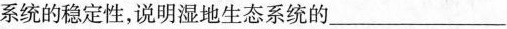
系统的稳定性，说明湿地生态系统的___